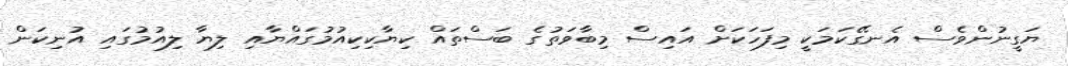
ޔަގީނުންވެސް އެނގޭކަމަކީ މިފަހަކަށް އައިސް މިބާވަތުގެ ބަސްތައް ކިޔާކިކިއުމުގައްޔާއި ލިޔާ ލިއުމުގައި އުނިކަން